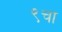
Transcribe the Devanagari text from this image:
९चा